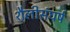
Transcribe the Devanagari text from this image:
शैलीसंघर्ष